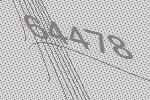
64478